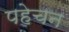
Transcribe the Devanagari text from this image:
पहेचन